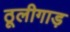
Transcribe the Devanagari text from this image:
ठूलीगाड़